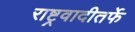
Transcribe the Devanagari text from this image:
राष्ट्रवादीतर्फे